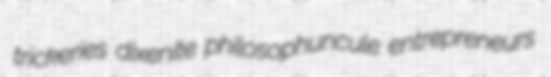
trickeries dixenite philosophuncule entrepreneurs